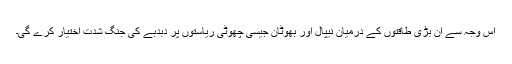
اس وجہ سے ان بڑی طاقتوں کے درمیان نیپال اور بھوٹان جیسی چھوٹی ریاستوں پر دبدبے کی جنگ شدت اختیار کرے گی۔